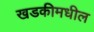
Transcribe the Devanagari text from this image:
खडकीमधील